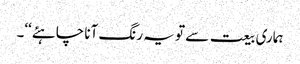
ہماری بیعت سے تو یہ رنگ آنا چاہئے‘‘۔